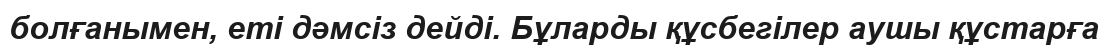
болғанымен, еті дәмсіз дейді. Бұларды құсбегілер аушы құстарға